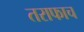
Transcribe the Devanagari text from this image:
तराफाच